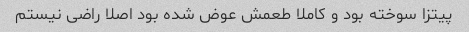
پیتزا سوخته بود و کاملا طعمش عوض شده بود اصلا راضی نیستم